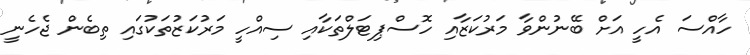
ހާއްސަ އެހީ އަށް ބޭނުންވާ މަރުކަޒާއި ހޮސްޕިޓަލްތަކާއި ސިއްހީ މަރުކަޒުތަކުގައި ތިބެން ޖެހެނީ